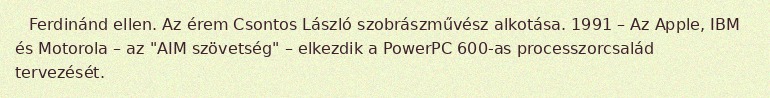
Ferdinánd ellen. Az érem Csontos László szobrászművész alkotása. 1991 – Az Apple, IBM és Motorola – az "AIM szövetség" – elkezdik a PowerPC 600-as processzorcsalád tervezését.